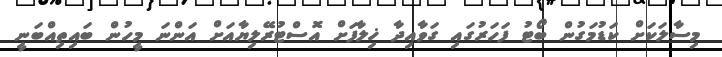
މިސާލަކަށް ކަޑުމަގުން ބޯޓު ފަހަރުގައި ގަވާއިދާ ޚިލާފަށް އޮސްޓުރޭލިޔާއަށް އަންނަ މީހުން ބައިތިއްބަނީ